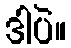
ဒါပဲ။